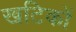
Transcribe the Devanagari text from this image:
खटिकों